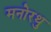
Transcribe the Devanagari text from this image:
मनोरथु